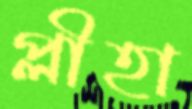
প্লীহা